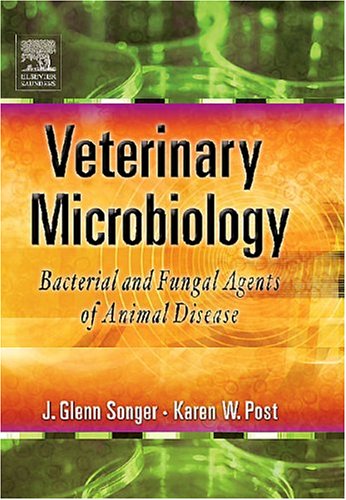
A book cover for Veterinary Microbiology: Bacterial and Fungal Agents of Animal Disease, 1e; J. Glenn Songer; Medical Books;